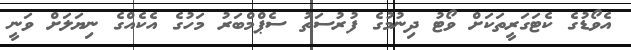
އެވޯޑުގެ ކެޓަގަރީތަކަށް ވޯޓު ދިނުމުގެ ފުރުސަތު ސެޕްމްބަރު މަހުގެ އެކެއްގެ ނިޔަލަށް ވަނީ